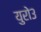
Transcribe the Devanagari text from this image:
युरो३